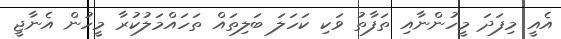
އެއީ މިފަދަ މީހުންނާއި ތަފާތު ވަކި ކަހަލަ ބަލިތައް ތަހައްމަލުކުރާ މީހުން އެނާޖީ